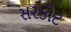
સરકોટ